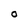
Character: O